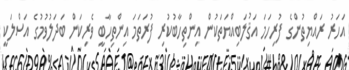
އަހަރު ރައްޔިތުންގެ ފުރިހަމަ އަޤުލަބިއްޔަތަކުން އިންތިހާބުކުރި ފުރަތަމަ އިންތިހާބީ ވެރިކަން ބަދަލުވުމުގެ އަސްލަކީ